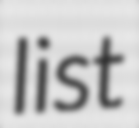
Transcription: list